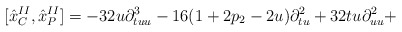
\begin{align*}\lbrack {\hat{x}}_{C}^{II},{\hat{x}}_{P}^{II}]=-32u\partial_{tuu}^{3}-16(1+2p_{2}-2u)\partial _{tu}^{2}+32tu\partial _{uu}^{2}+\end{align*}